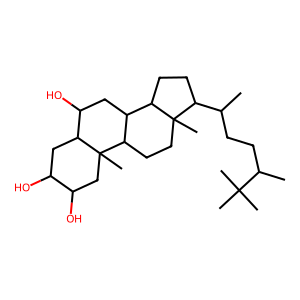
SMILES: CC(CCC(C)C(C)(C)C)C1CCC2C3CC(O)C4CC(O)C(O)CC4(C)C3CCC12C
Inhibits HIV replication: No